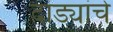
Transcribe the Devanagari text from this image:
दांड्यांचे